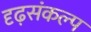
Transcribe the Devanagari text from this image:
दृढ़संकल्प